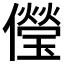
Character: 𠐓